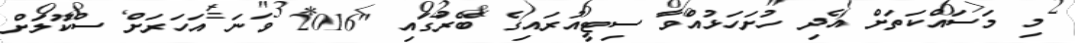
މި މަސައްކަތަށް އެދި ހުށަހަޅުއްވާ ސިޓީއުރައިގެ ބޭރުގައި "2016 ވަނަ އަހަރަށް ސްކޫލަށް